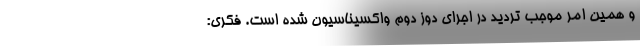
و همین امر موجب تردید در اجرای دوز دوم واکسیناسیون شده است. فکری: